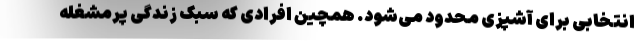
انتخابی برای آشپزی محدود می‌شود. همچین افرادی که سبک زندگی پرمشغله